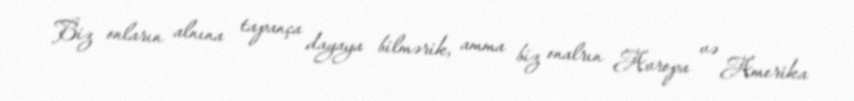
Biz onların alnına tapança dayaya bilmərik, amma biz onalrın Avropa və Amerika